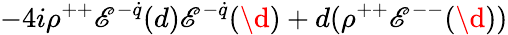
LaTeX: -4i\rho^{++}\mathscr{E}^{-\dot{{q}}}(d)\mathscr{E}^{-\dot{{q}}}(\d{)}+d(\rho^{++}\mathscr{E}^{--}(\d{)})